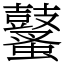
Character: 鼜